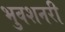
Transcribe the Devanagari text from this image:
भुवशनरी